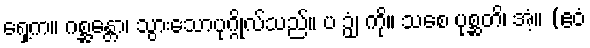
ရှေ့က။ ဂစ္ဆန္တော၊ သွားသောပုဂ္ဂိုလ်သည်။ ပ ဉှံ၊ ကို။ သစေ ပုစ္ဆတိ၊ အံ့။ (ဧဝံ